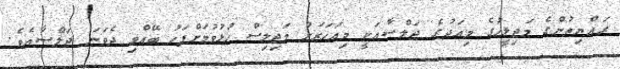
ރައްޔިތުންގެ މަޖިލީހުގެ މިއަދުގެ ޖަލްސާއަކީ މިއަހަރަށް މަޖިލިސް ހުޅުވުމަށްފަހު ބޭއްވި ދެވަނަ ޖަލްސާއެވެ.